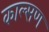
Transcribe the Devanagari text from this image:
काल्सण